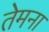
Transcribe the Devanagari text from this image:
तेमना